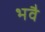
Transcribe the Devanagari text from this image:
भवै